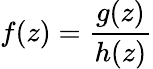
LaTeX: f(z)={\frac{g(z)}{h(z)}}